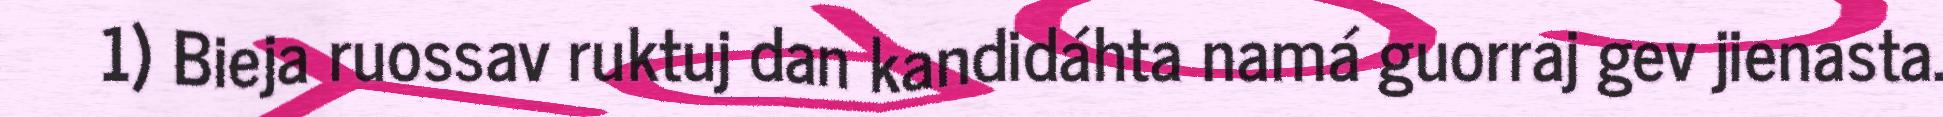
1) Bieja ruossav ruktuj dan kandidáhta namá guorraj gev jienasta.